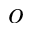
o